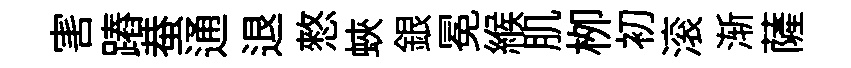
害蹖蛬通退憗蛺銀冕緱肌栁初滚渐薩